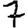
Digit: 7